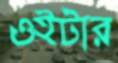
ওইটার